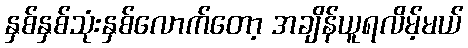
နှစ်နှစ်သုံးနှစ်လောက်တော့ အချိန်ယူရလိမ့်မယ်